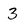
Character: 3